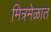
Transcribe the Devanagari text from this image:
मित्रमेळात